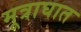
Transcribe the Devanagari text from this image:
मूत्राघात